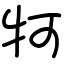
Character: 牱